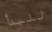
للبدأ